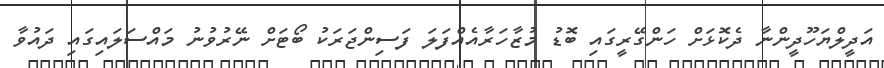
އަދީލްޔަހޫދީންނާ ދެކޮޅަށް ހަންގޭރީގައި ބޮޑު މުޒާހަރާއެއްފަލަ ފަސިންޖަރަކު ބޯޓަށް ނޭރުވުނު މައްސަލައިގައި ދައުވާ